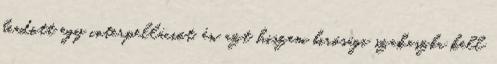
beadott egy interpellációt, én azt hiszem birósági szakaszba kell